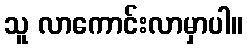
သူ လာကောင်းလာမှာပါ။